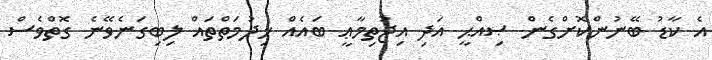
އެ ކާޑު ބޭނުންކޮށްގެން ޞިއްޙީ އަދި އިޖުތިމާޢީ ބައެއް ޚިދުމަތްތައް ލިބިގަނެވޭނެ ގޮތްވެސް